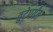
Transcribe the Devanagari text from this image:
तुटेपर्यंत